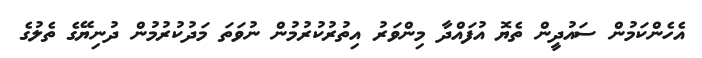
އެހެންކަމުން ސައުދީން ތެޔޮ އުފައްދާ މިންވަރު އިތުރުކުރުމުން ނުވަތަ މަދުކުރުމުން ދުނިޔޭގެ ތެލުގެ